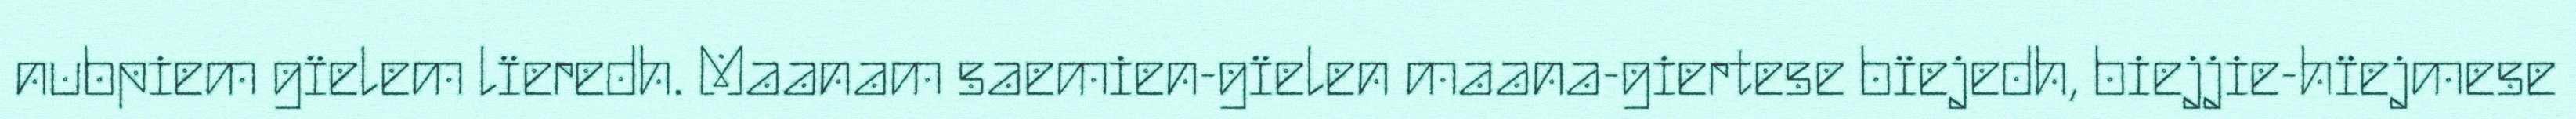
nubpiem gïelem lïeredh. Maanam saemien-gïelen maana-giertese bïejedh, biejjie-hïejmese